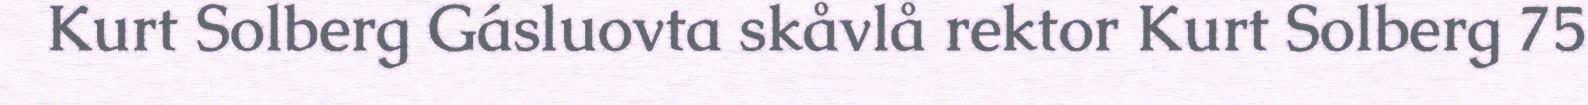
Kurt Solberg Gásluovta skåvlå rektor Kurt Solberg 75